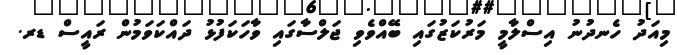
މިއަދު ހެނދުނު އިސްލާމީ މަރުކަޒުގައި ބޭއްވެވި ޖަލްސާގައި ވާހަކަފުޅު ދައްކަވަމުން ރައީސް ޑރ.